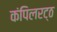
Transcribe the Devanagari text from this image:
कंपिलरट्ठ